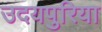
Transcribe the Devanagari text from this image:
उदयपुरिया